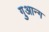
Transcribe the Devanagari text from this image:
गुआन्ग